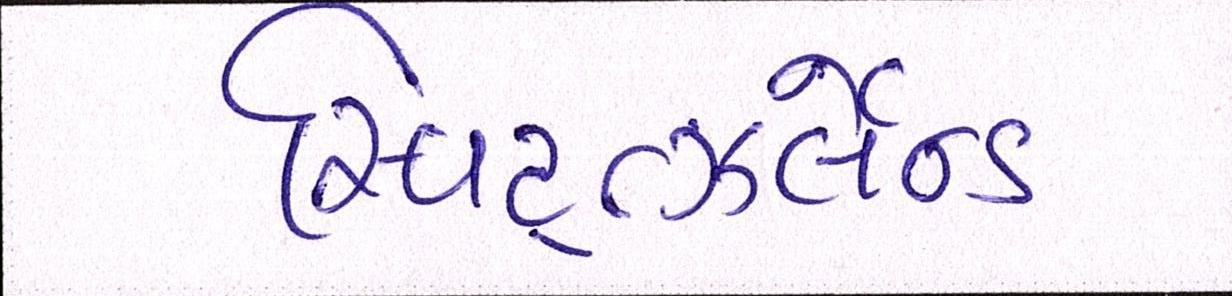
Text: સ્વિટ્ત્ઝર્લેન્ડ